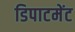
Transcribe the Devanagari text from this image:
डिपाटमेंट